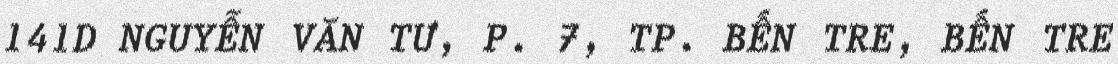
141D NGUYỄN VĂN TƯ, P. 7, TP. BẾN TRE, BẾN TRE